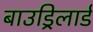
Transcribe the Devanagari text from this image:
बाउड्रिलार्ड